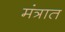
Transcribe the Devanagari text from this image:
मंत्रात